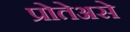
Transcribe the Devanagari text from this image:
प्रोतेअसे